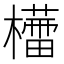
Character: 𣞦